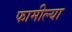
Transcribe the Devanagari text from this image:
फामील्या